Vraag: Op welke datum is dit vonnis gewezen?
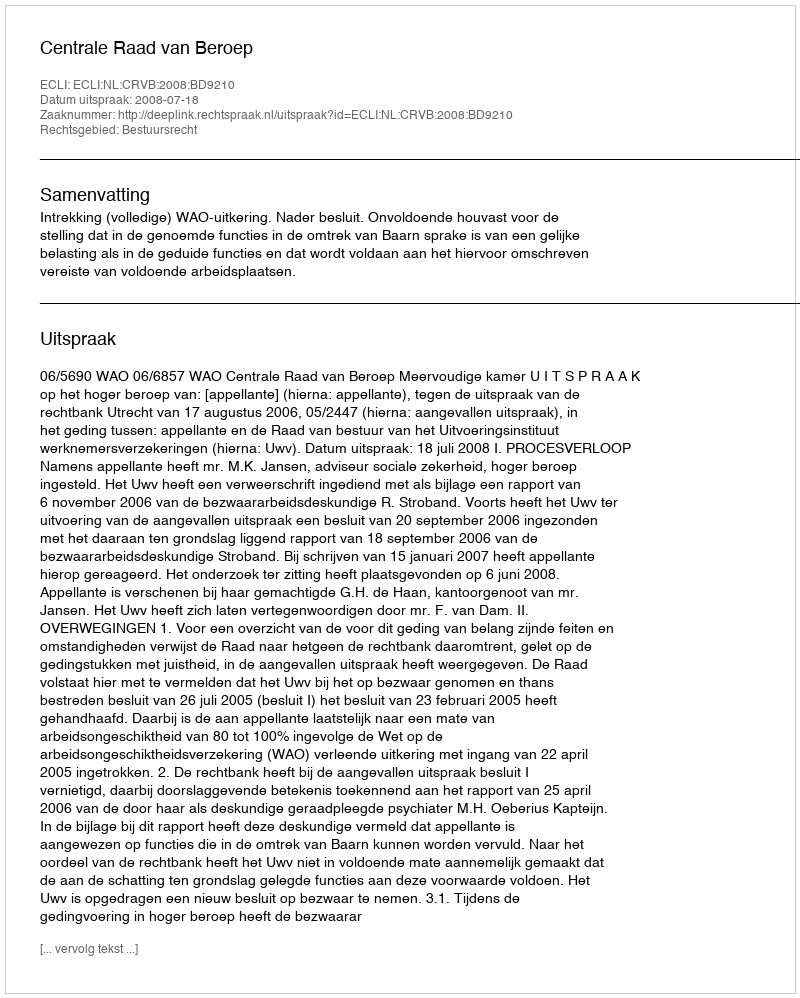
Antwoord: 2008-07-18